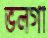
ভলগা